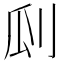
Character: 𠛒